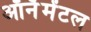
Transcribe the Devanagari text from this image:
ऑर्नॅमेंटल